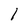
Character: l